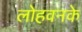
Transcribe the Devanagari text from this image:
लोहवनके